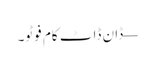
— ڈان ڈاٹ کام فوٹو۔